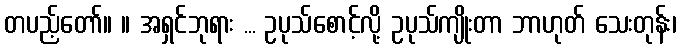
တပည့်တော်။ ။ အရှင်ဘုရား ... ဥပုသ်စောင့်လို့ ဥပုသ်ကျိုးတာ ဘာဟုတ် သေးတုန်း၊